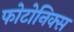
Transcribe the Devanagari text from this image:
फोटोनिक्स